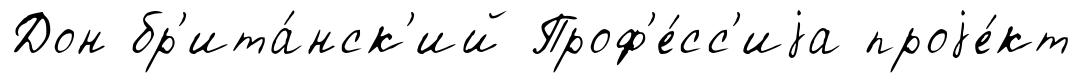
Дон бр'ита́нск'ий Проф'е́сс'иjа проjе́кт